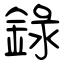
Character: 錄